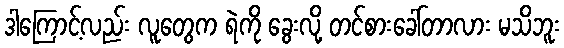
ဒါကြောင့်လည်း လူတွေက ရဲကို ခွေးလို့ တင်စားခေါ်တာလား မသိဘူး